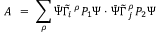
A \ = \ \sum _ { \rho } \bar { \Psi } \widetilde \Gamma _ { i } \, ^ { \rho } P _ { 1 } \Psi \cdot \bar { \Psi } \widetilde \Gamma \, _ { j } ^ { \rho } P _ { 2 } \Psi